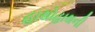
હાથોહાથની